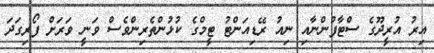
އިރު އުރީދޫގެ ސްޓާފުންނާއި ނިއު ރޭޑިއަންޓު ޓީމްގެ ކުޅުންތެރިންވެސް ވަނީ ވަރަށް ފޯރިގަދަ